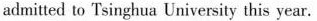
admitted to Tsinghua University this year.